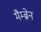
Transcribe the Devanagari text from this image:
मैम्ब्रेन